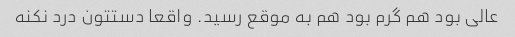
عالی بود هم گرم بود هم به موقع رسید. واقعا دستتون درد نکنه